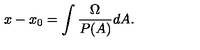
x - x _ { 0 } = \int \frac { \Omega } { P ( A ) } d A .